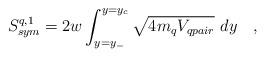
LaTeX: \begin{align*}S^{q,1}_{sym}=2w\int^{y=y_c}_{y=y_-}\sqrt{4 m_qV_{qpair}}~dy\quad,\end{align*}